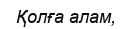
Қолға алам,